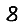
Digit: 8